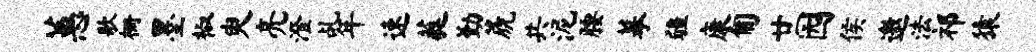
蕙歌栅墨椒臾亮澄乩年速蕤勤篪共泥腰摹疆康匍廿园侯邀法祁猿